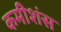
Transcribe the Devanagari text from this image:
कमीशंस